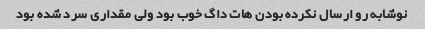
نوشابه رو ارسال نکرده بودن هات داگ خوب بود ولی مقداری سرد شده بود